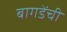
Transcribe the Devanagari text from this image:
बागडेंची